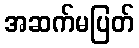
အဆက်မပြတ်